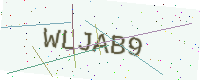
Text: WLJAB9